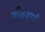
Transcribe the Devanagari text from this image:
तीव्रग्राही